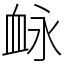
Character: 䘑